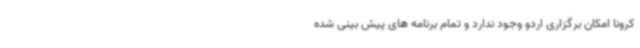
کرونا امکان برگزاری اردو وجود ندارد و تمام برنامه های پیش بینی شده